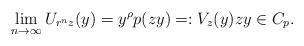
LaTeX: \begin{align*}\lim_{n \to \infty} U_{r^n z}(y) = y^\rho p(zy) =: V_z(y) zy \in C_p.\end{align*}